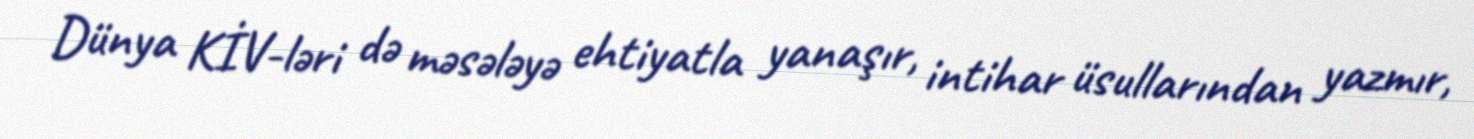
Dünya KİV-ləri də məsələyə ehtiyatla yanaşır, intihar üsullarından yazmır,